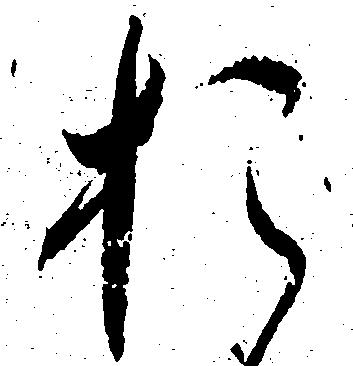
お